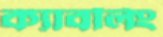
ক্যাবলিং